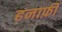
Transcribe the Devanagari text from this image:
हनाफ़ी